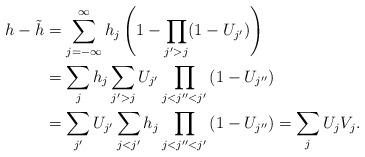
LaTeX: \begin{align*}h-\tilde{h}&=\sum_{j=-\infty}^{\infty}h_j\left(1-\prod_{j'>j}(1-U_{j'})\right)\\&= \sum_j h_j\sum_{j^{\prime}>j}U_{j^{\prime}}\prod_{j<j^{\prime\prime}<j^{\prime}}\left(1-U_{j^{\prime\prime}}\right)\\&=\sum_{j^{\prime}} U_{j^{\prime}}\sum_{j<j^{\prime}} h_j\prod_{j<j^{\prime\prime}<j^{\prime}}\left(1-U_{j^{\prime\prime}}\right)= \sum_j U_jV_j.\end{align*}